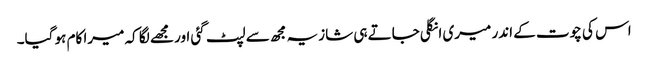
اس کی چوت کے اندر میری انگلی جاتے ہی شازیہ مجھ سے لپٹ گئی اور مجھے لگا کہ میرا کام ہو گیا۔